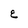
Character: E